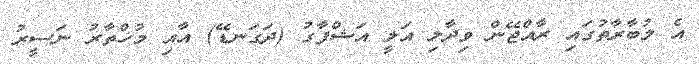
އެ މުބާރާތުގައި ރާއްޖޭން ވިދާލި އަލީ އަޝްފާގު (ދަގަނޑޭ) އާއި މުޚްތާރު ނަސީރު